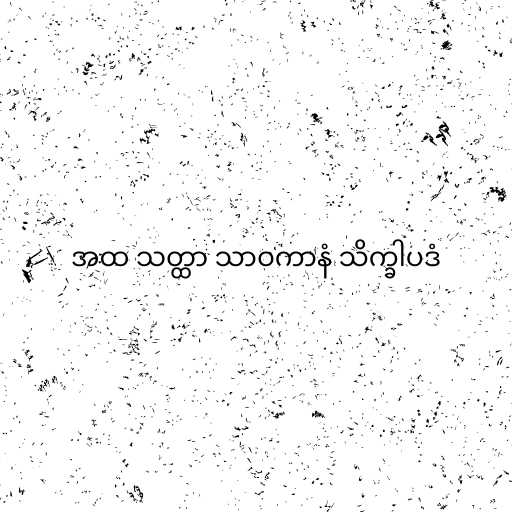
အထ သတ္ထာ သာဝကာနံ သိက္ခါပဒံ